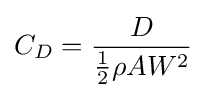
C_{D}={\frac {D}{{\frac {1}{2}}\rho AW^{2}}}